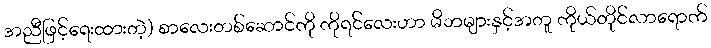
အညီဖြင့်ရေးထားတဲ့) စာလေးတစ်ဆောင်ကို ကိုရင်လေးဟာ မိဘများနှင့်အတူ ကိုယ်တိုင်လာရောက်